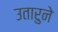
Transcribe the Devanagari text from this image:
उतारुने